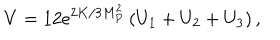
V = 1 2 e ^ { 2 K / 3 M _ { P } ^ { 2 } } \left( U _ { 1 } + U _ { 2 } + U _ { 3 } \right) ,